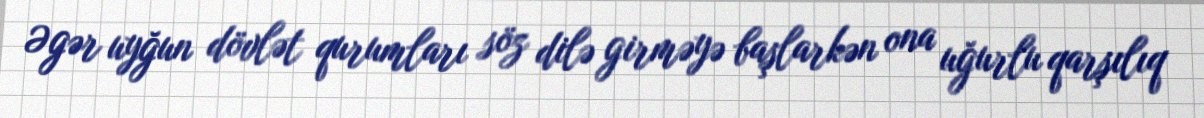
Əgər uyğun dövlət qurumları söz dilə girməyə başlarkən ona uğurlu qarşılıq